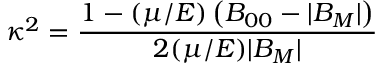
\kappa ^ { 2 } = \frac { 1 - ( \mu / { \cal E } ) \left( B _ { 0 0 } - | B _ { M } | \right) } { 2 ( \mu / { \cal E } ) | B _ { M } | }